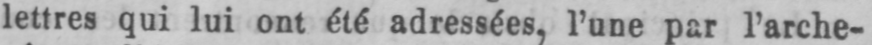
lettres qui lui ont été adressées, l’une par l’arche-